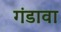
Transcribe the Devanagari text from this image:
गंडावा